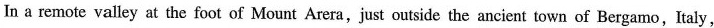
In a remote valley at the foot of Mount Arera,just outside the ancient town of Bergamo,Italy,